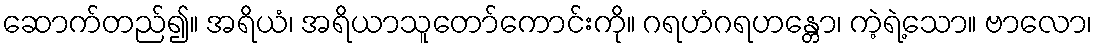
ဆောက်တည်၍။ အရိယံ၊ အရိယာသူတော်ကောင်းကို။ ဂရဟံဂရဟန္တော၊ ကဲ့ရဲ့သော။ ဗာလော၊